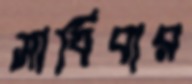
সাধিবার